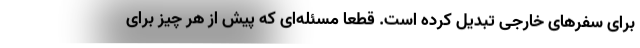
برای سفرهای خارجی تبدیل کرده است. قطعا مسئله‌ای که پیش از هر چیز برای